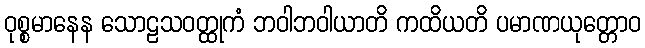
ဝုစ္စမာနေန သောဠသဝတ္ထုကံ ဘဝါဘဝါယာတိ ကထိယတိ ပမာဏယုတ္တောဝ